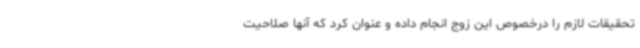
تحقیقات لازم را درخصوص این زوج انجام داده و عنوان کرد که آنها صلاحیت